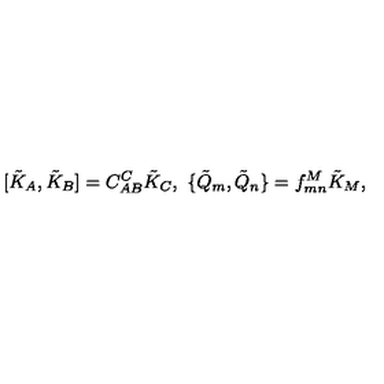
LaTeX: [ \tilde { K } _ { A } , \tilde { K } _ { B } ] = C _ { A B } ^ { C } \tilde { K } _ { C } , \ \{ \tilde { Q } _ { m } , \tilde { Q } _ { n } \} = f _ { m n } ^ { M } \tilde { K } _ { M } ,